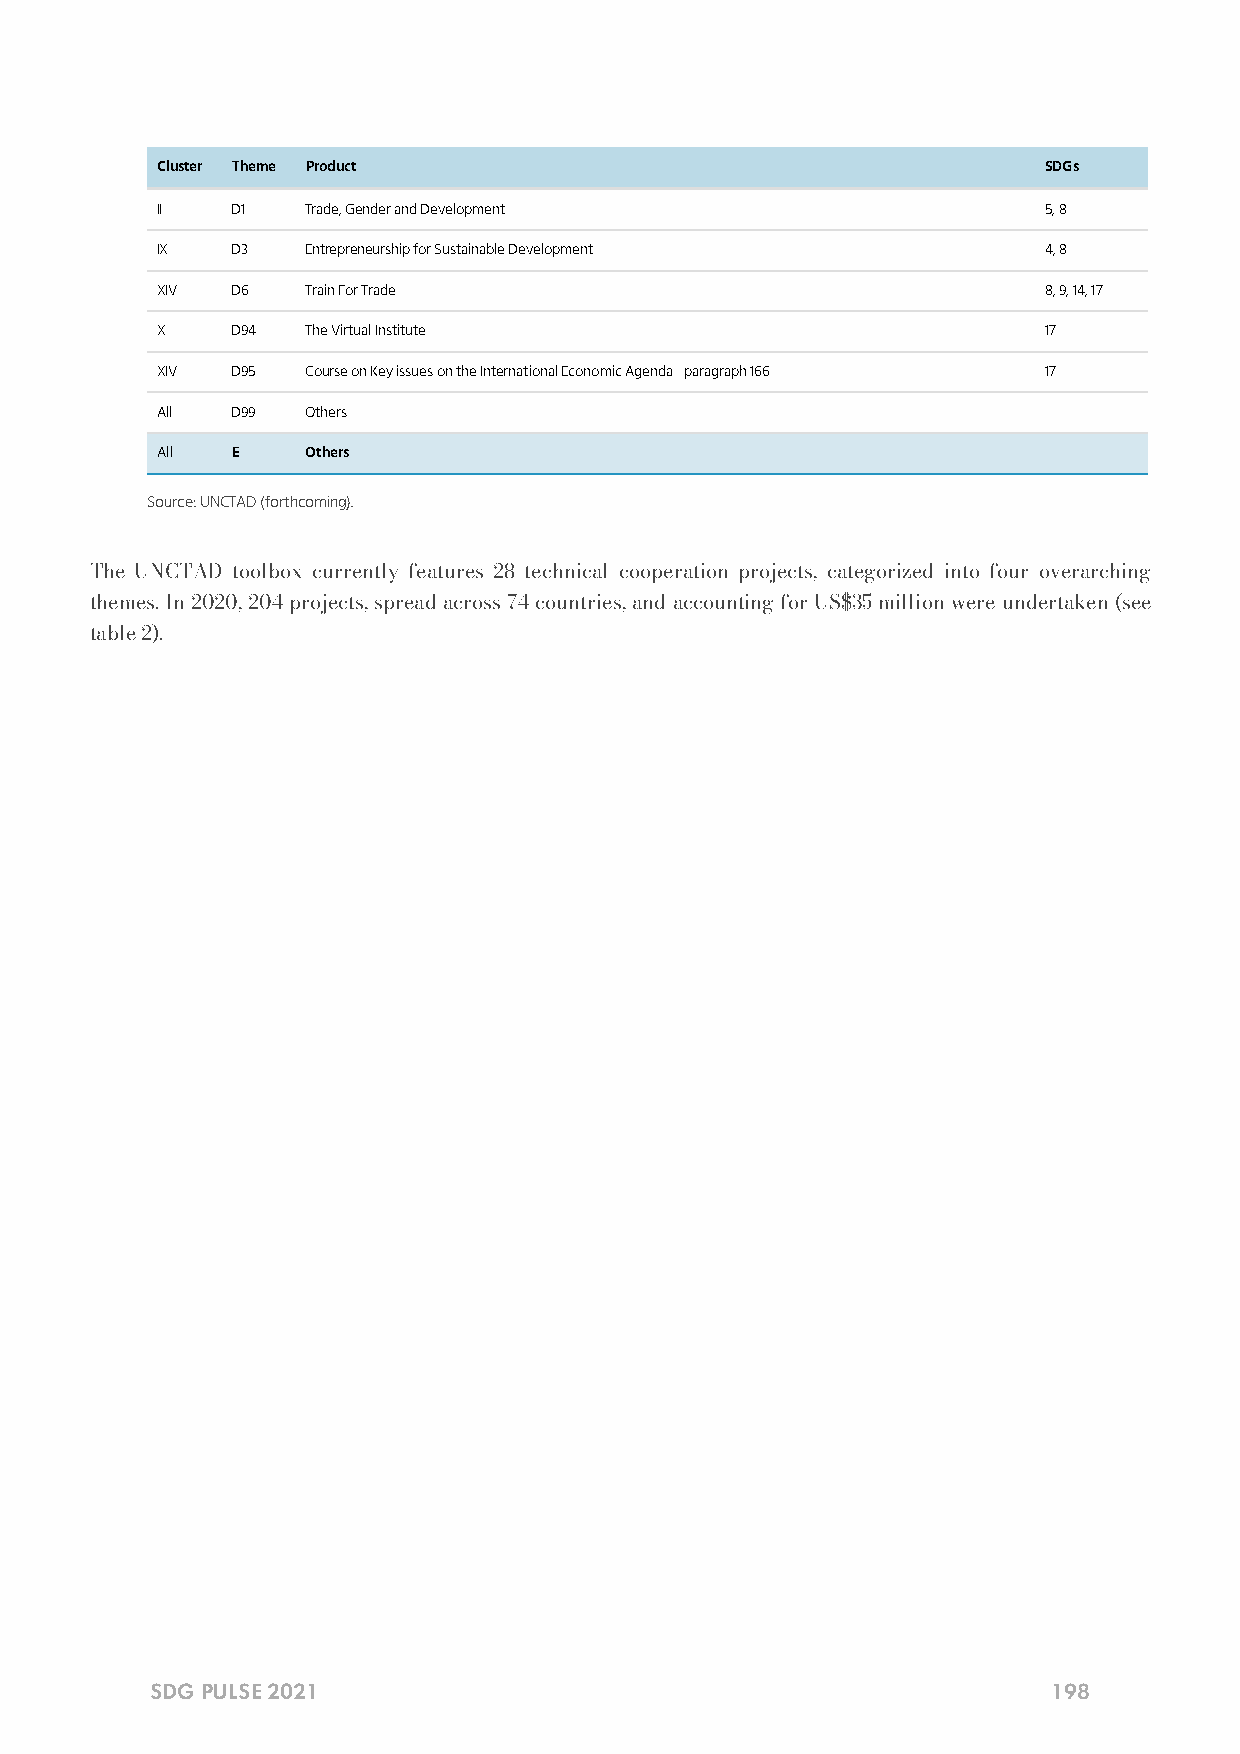
Cluster Theme Product                                      SDGs
 II   D1   Trade, Gender and Development                    5, 8
 IX   D3   Entrepreneurship for Sustainable Development     4, 8
 XIV  D6   Train For Trade                                  8, 9, 14, 17
 X    D94  The Virtual Institute                            17
 XIV  D95  Course on Key issues on the International Economic Agenda - paragraph 166 17
 All  D99  Others
 All  E    Others
 Source: UNCTAD (forthcoming).
 The UNCTAD toolbox currently features 28 technical cooperation projects, categorized into four overarching
 themes. In 2020, 204 projects, spread across 74 countries, and accounting for US$35 million were undertaken (see
 table 2).
 SDG PULSE 2021                                              198